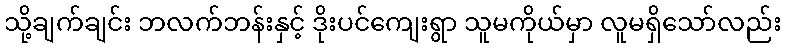
သို့ချက်ချင်း ဘလက်ဘန်းနှင့် ဒိုးပင်ကျေးရွာ သူမကိုယ်မှာ လူမရှိသော်လည်း